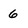
Character: 6